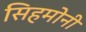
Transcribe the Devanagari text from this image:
सिहमोनी